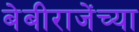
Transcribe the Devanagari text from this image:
बेबीराजेंच्या